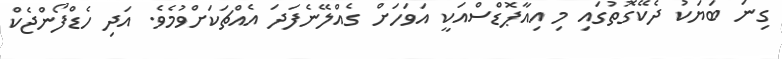
ގިނަ ބަޔަކު ދެކޭގޮތުގައި މި އިއާޕޮޑްސްއަކީ އަވަހަށް ގެއްލޭނެފަދަ އެއްޗަކަށްވުމެވެ. އަދި ހެޑްފޯންޖެކް